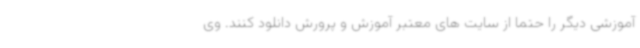
آموزشی دیگر را حتما از سایت های معتبر آموزش و پرورش دانلود کنند. وی